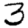
Digit: 3